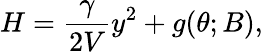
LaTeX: H=\frac{\gamma}{2V}y^{2}+g(\theta;B),